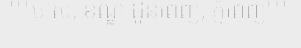
"""ចាស់, ខណ្ឌ ដូនពេញ, ភ្នំពេញ"""